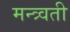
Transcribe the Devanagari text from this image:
मन्त्र्वती